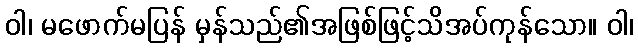
ဝါ၊ မဖောက်မပြန် မှန်သည်၏အဖြစ်ဖြင့်သိအပ်ကုန်သော။ ဝါ၊